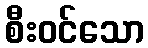
စီးဝင်သော